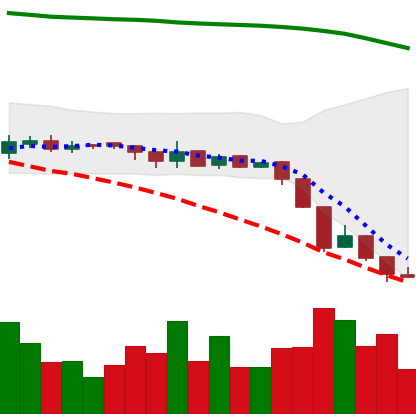
Ticker: XRP-USD
Chart end date: 2018-08-12
Forward return: 23.099%
Label: up_7plus